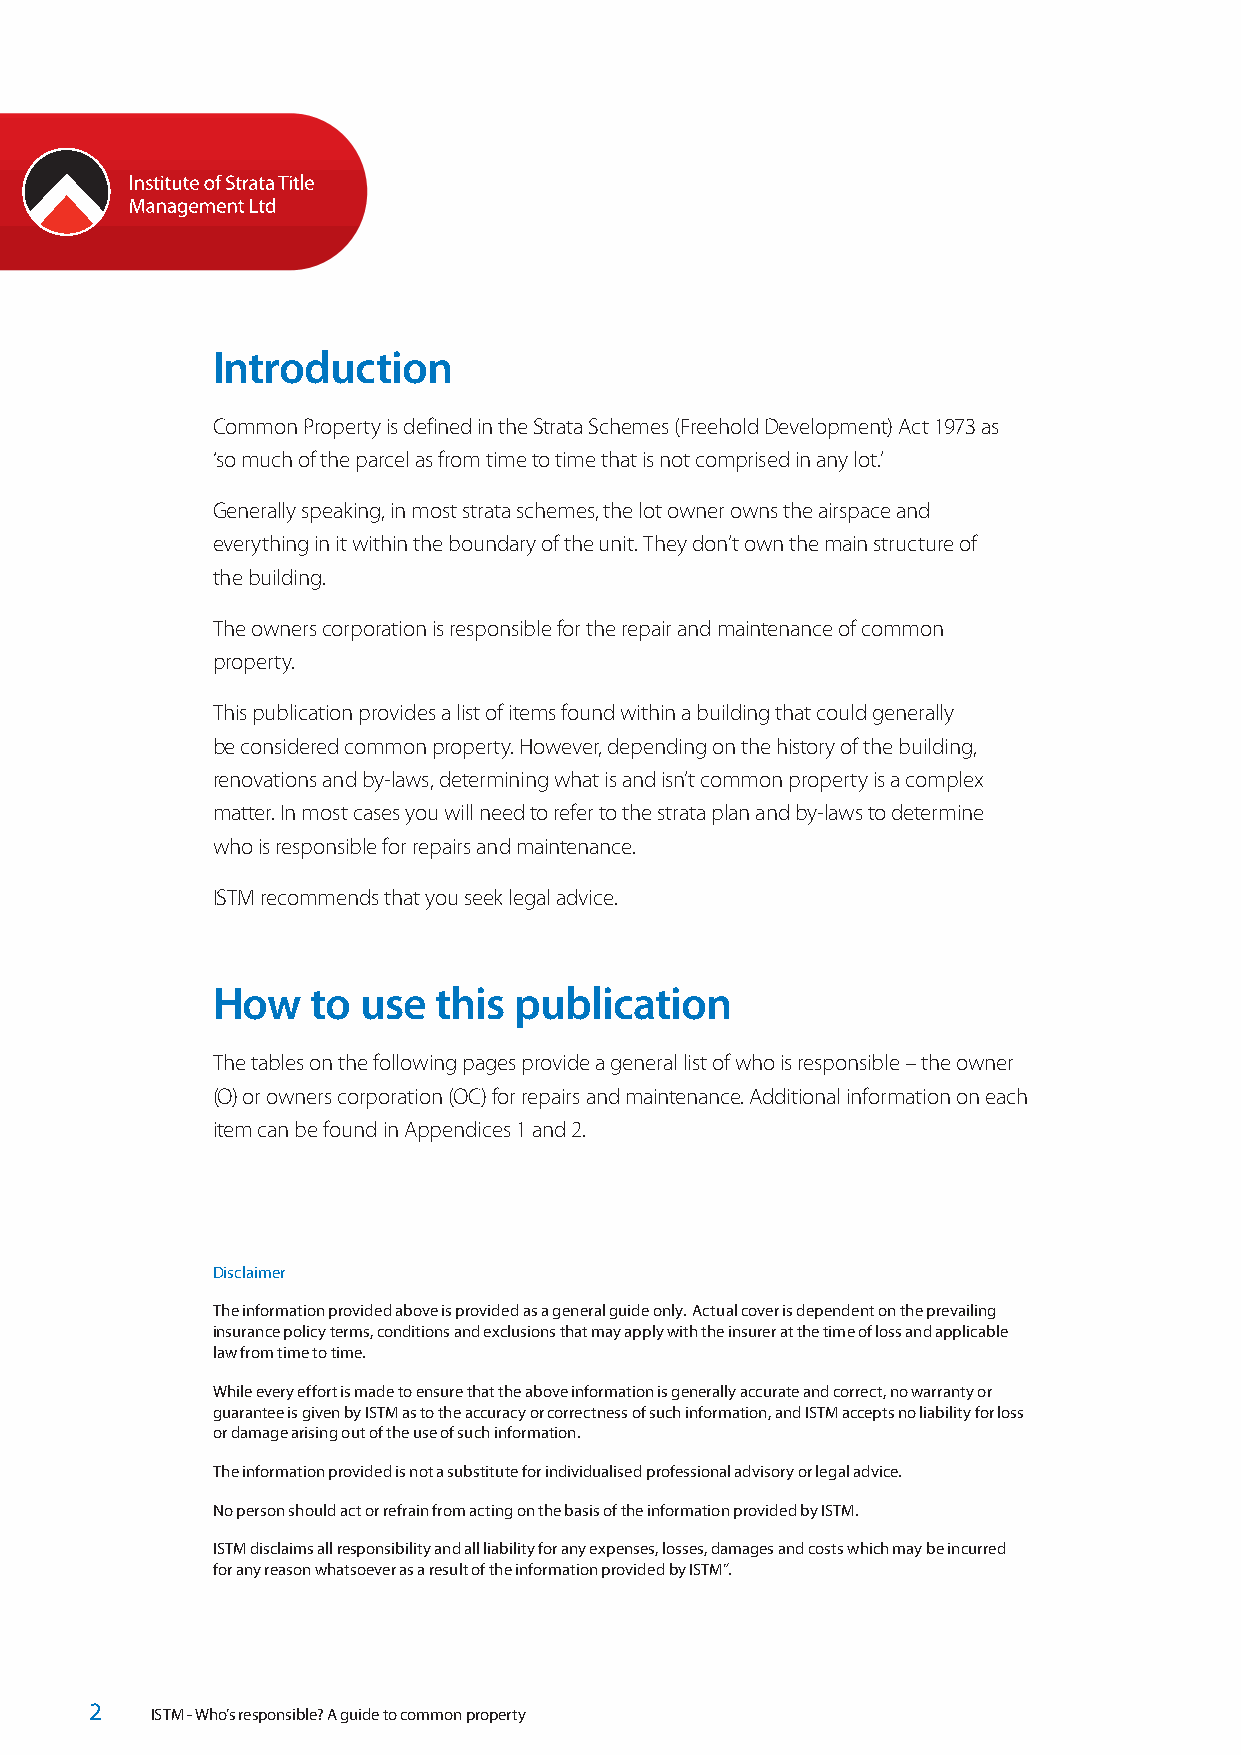
Introduction
 Common Property is defined in the Strata Schemes (Freehold Development) Act 1973 as
 ‘so much of the parcel as from time to time that is not comprised in any lot.’
 Generally speaking, in most strata schemes, the lot owner owns the airspace and
 everything in it within the boundary of the unit. They don’t own the main structure of
 the building.
 The owners corporation is responsible for the repair and maintenance of common
 property.
 This publication provides a list of items found within a building that could generally
 be considered common property. However, depending on the history of the building,
 renovations and by-laws, determining what is and isn’t common property is a complex
 matter. In most cases you will need to refer to the strata plan and by-laws to determine
 who is responsible for repairs and maintenance.
 ISTM recommends that you seek legal advice.
 How    to use  this publication
 The tables on the following pages provide a general list of who is responsible – the owner
 (O) or owners corporation (OC) for repairs and maintenance. Additional information on each
 item can be found in Appendices 1 and 2.
 Disclaimer
 The information provided above is provided as a general guide only. Actual cover is dependent on the prevailing
 insurance policy terms, conditions and exclusions that may apply with the insurer at the time of loss and applicable
 law from time to time.
 While every effort is made to ensure that the above information is generally accurate and correct, no warranty or
 guarantee is given by ISTM as to the accuracy or correctness of such information, and ISTM accepts no liability for loss
 or damage arising out of the use of such information.
 The information provided is not a substitute for individualised professional advisory or legal advice.
 No person should act or refrain from acting on the basis of the information provided by ISTM.
 ISTM disclaims all responsibility and all liability for any expenses, losses, damages and costs which may be incurred
 for any reason whatsoever as a result of the information provided by ISTM”.
 2   ISTM - Who’s responsible? A guide to common property